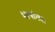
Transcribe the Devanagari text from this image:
भाषांतर।